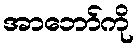
အာဘော်ကို